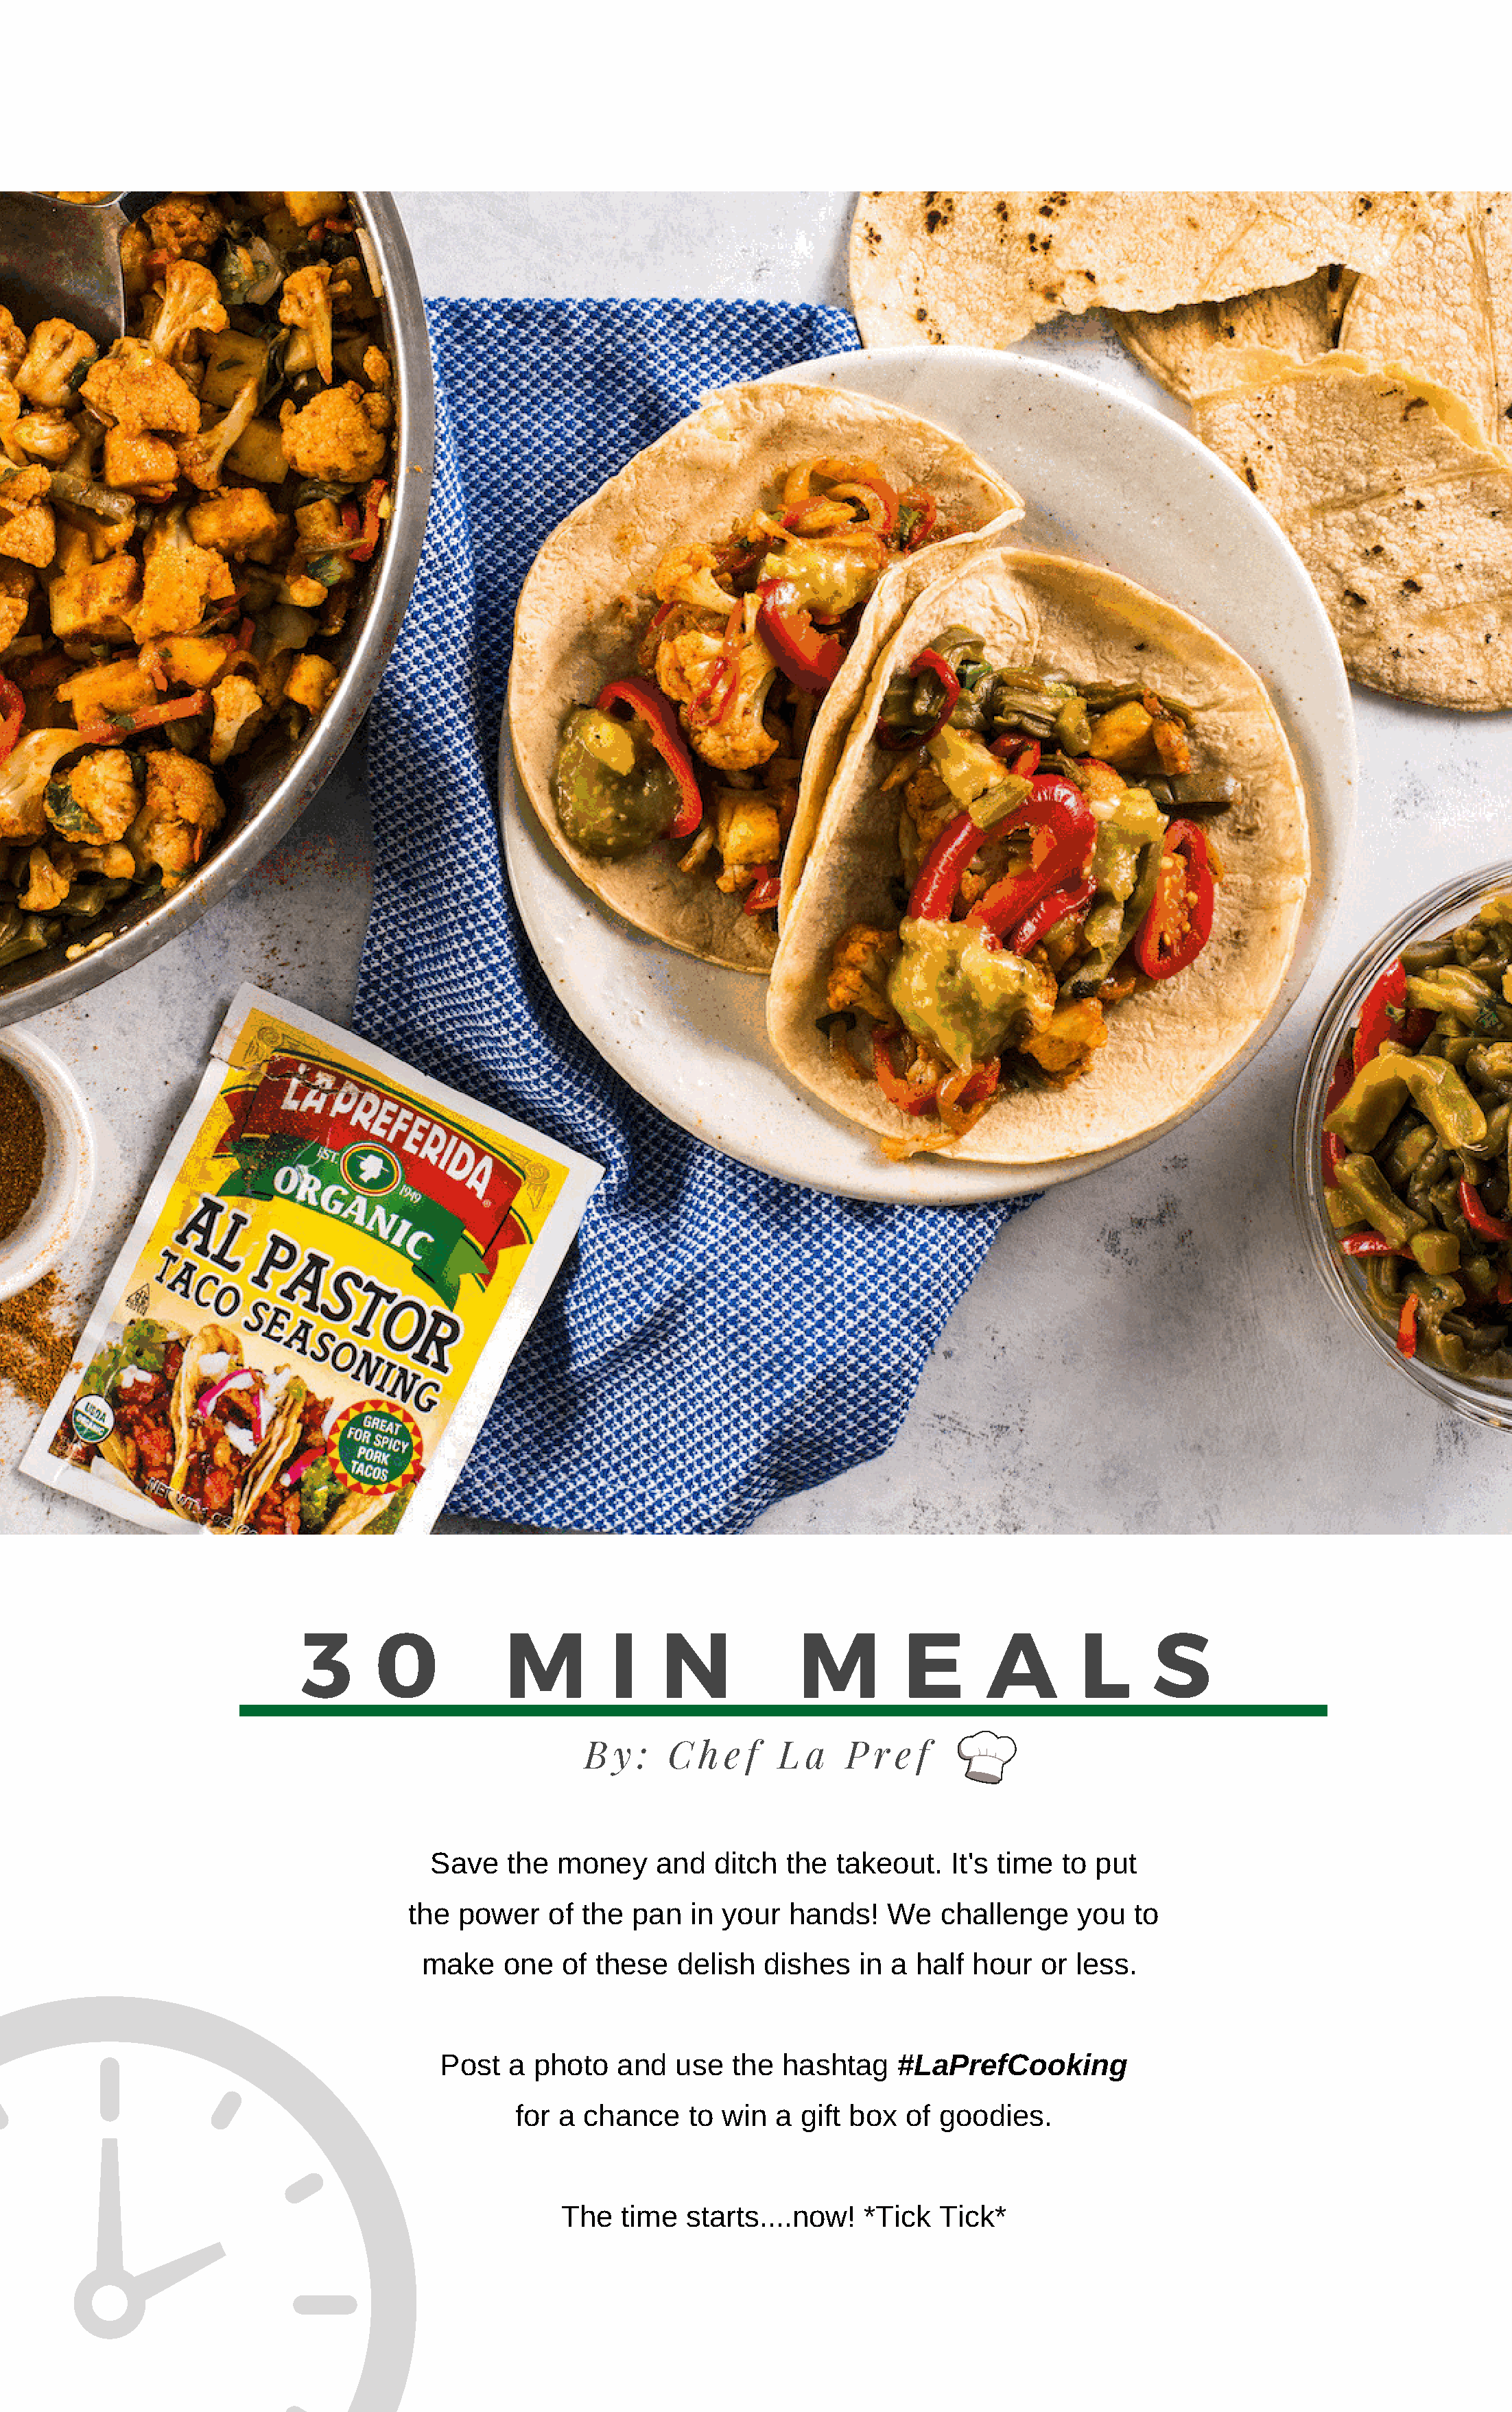
3      0            M         I    N            M         E       A        L      S
 B  y :  C  h  e f  L  a   P r e f
 Save   the  money    and   ditch  the  takeout.   It's time to  put
 the  power    of the  pan   in your  hands!    We   challenge    you  to
 make    one  of these   delish   dishes   in a half  hour  or  less.
 Post   a photo    and  use   the hashtag     #LaPrefCooking
 for a chance    to  win  a gift box  of  goodies.
 The   time  starts....now!   *Tick   Tick*